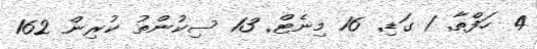
4 ހަފްތާ